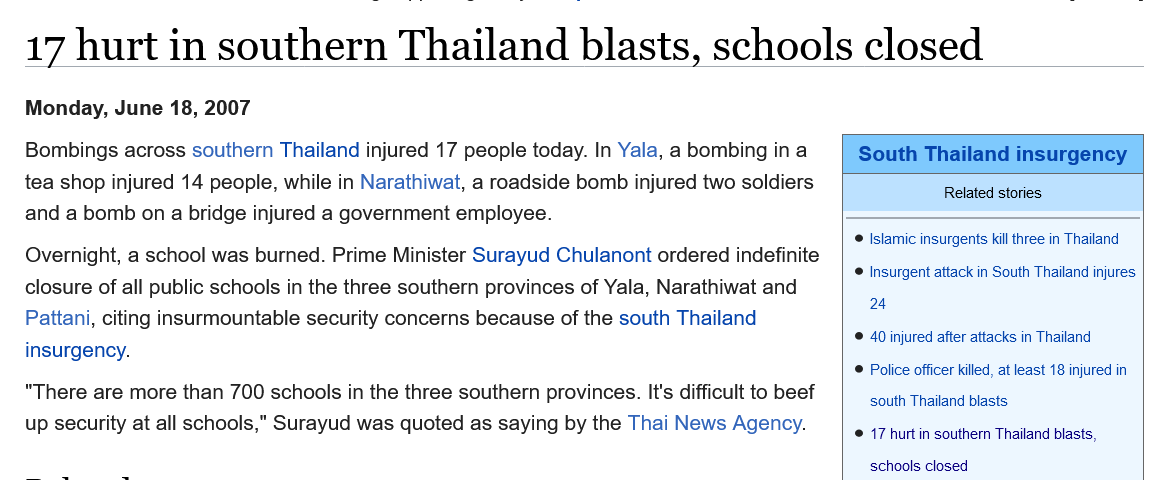
17   hurt    in   southern    Thailand    blasts,    schools    closed
   Overnight, a school was burned. Prime Minister Surayud Chulanont ordered indefinite
   closure of all public schools in the three southern provinces of Yala, Narathiwat and
   Pattani, citing insurmountable security concerns because of the south Thailand
   insurgency.
   “There are more than 700 schools in the three southern provinces. It's difficult to beef
   up security at all schools," Surayud was quoted as saying by the Thai News Agency.
     South Thailand insurgency
     Related stories
     ¢ Islamic insurgents kill three in Thailand
     © Insurgent attack in South Thailand injures
     24
     © 40 injured after attacks in Thailand
     © Police officer killed, at least 18 injured in
     south Thailand blasts
   Monday, June  18, 2007
   Bombings across southern Thailand injured 17 people today. In Yala, a bombing in a
   tea shop injured 14 people, while in Narathiwat, a roadside bomb injured two soldiers
   and a bomb on a bridge injured a government employee.
     © 17 hurt in southern Thailand blasts,
     schools closed